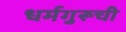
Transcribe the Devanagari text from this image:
धर्मगुरूची